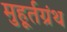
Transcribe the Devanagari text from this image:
मुहूर्तग्रंथ